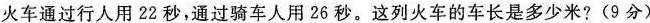
火车通过行人用22秒，通过骑车人用26秒。这列火车的车长是多少米?(9分)